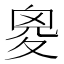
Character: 𡕩